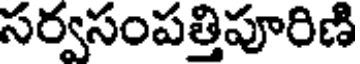
సర్వసంపత్తిపూరిణి